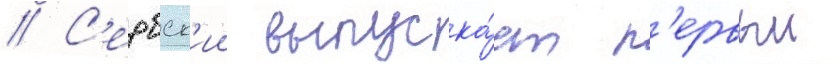
// С'ербск'ии выпуска́ет п'ервыи